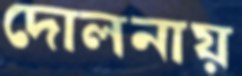
দোলনায়